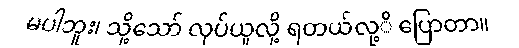
မပါဘူး၊ သို့သော် လုပ်ယူလို့ ရတယ်လု့ိ ပြောတာ။